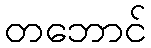
တဘောင်